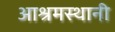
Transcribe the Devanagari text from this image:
आश्रमस्थानी